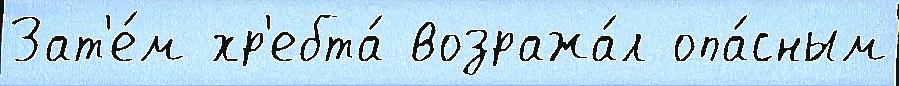
Зат'е́м хр'ебта́ возража́л опа́сным